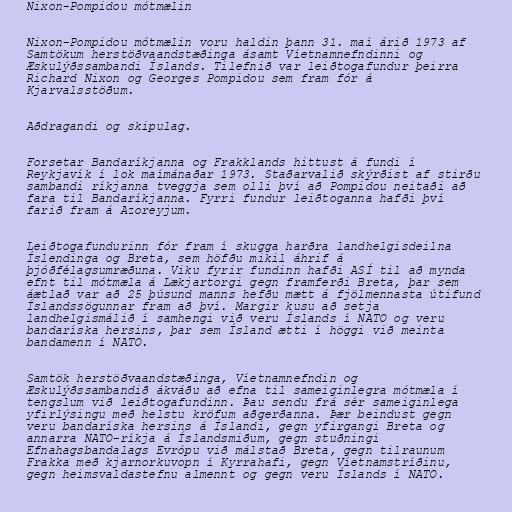
Nixon-Pompidou mótmælin

Nixon-Pompidou mótmælin voru haldin þann 31. maí árið 1973 af
Samtökum herstöðvaandstæðinga ásamt Víetnamnefndinni og
Æskulýðssambandi Íslands. Tilefnið var leiðtogafundur þeirra
Richard Nixon og Georges Pompidou sem fram fór á
Kjarvalsstöðum.

Aðdragandi og skipulag.

Forsetar Bandaríkjanna og Frakklands hittust á fundi í
Reykjavík í lok maímánaðar 1973. Staðarvalið skýrðist af stirðu
sambandi ríkjanna tveggja sem olli því að Pompidou neitaði að
fara til Bandaríkjanna. Fyrri fundur leiðtoganna hafði því
farið fram á Azoreyjum.

Leiðtogafundurinn fór fram í skugga harðra landhelgisdeilna
Íslendinga og Breta, sem höfðu mikil áhrif á
þjóðfélagsumræðuna. Viku fyrir fundinn hafði ASÍ til að mynda
efnt til mótmæla á Lækjartorgi gegn framferði Breta, þar sem
áætlað var að 25 þúsund manns hefðu mætt á fjölmennasta útifund
Íslandssögunnar fram að því. Margir kusu að setja
landhelgismálið í samhengi við veru Íslands í NATO og veru
bandaríska hersins, þar sem Ísland ætti í höggi við meinta
bandamenn í NATO.

Samtök herstöðvaandstæðinga, Víetnamnefndin og
Æskulýðssambandið ákváðu að efna til sameiginlegra mótmæla í
tengslum við leiðtogafundinn. Þau sendu frá sér sameiginlega
yfirlýsingu með helstu kröfum aðgerðanna. Þær beindust gegn
veru bandaríska hersins á Íslandi, gegn yfirgangi Breta og
annarra NATO-ríkja á Íslandsmiðum, gegn stuðningi
Efnahagsbandalags Evrópu við málstað Breta, gegn tilraunum
Frakka með kjarnorkuvopn í Kyrrahafi, gegn Víetnamstríðinu,
gegn heimsvaldastefnu almennt og gegn veru Íslands í NATO.